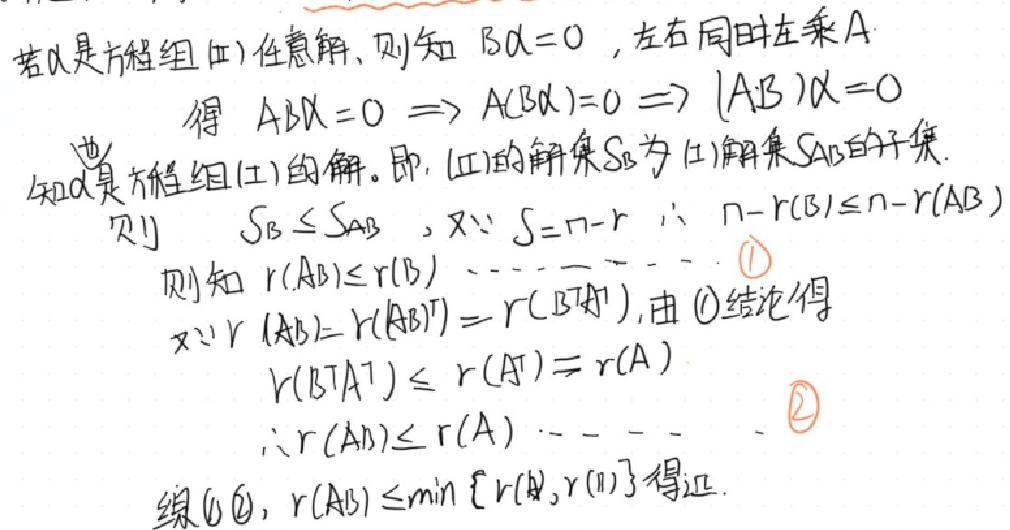
若\(\alpha\)是方程组(Ⅱ)任意解, 则知\(B\alpha = 0\), 左右同时左乘\(A\)
得 \(AB\alpha = 0\Rightarrow A(B\alpha)=0\Rightarrow (AB)\alpha = 0\)
也知\(\alpha\)是方程组(Ⅰ)的解. 即, (Ⅱ)的解集\(S_{B}\)为(Ⅰ)解集\(S_{AB}\)的子集.
则 \(S_{B}\leq S_{AB}\), 又\(\because S = n - r\ \therefore n - r(B)\leq n - r(AB)\)
则知 \(r(AB)\leq r(B)\) ---- \textcircled{1}
又\(\because r(AB)=r((AB)^{T}) = r(B^{T}A^{T})\), 由\textcircled{1}结论得
\(r(B^{T}A^{T})\leq r(A^{T}) = r(A)\)
\(\therefore r(AB)\leq r(A)\) ---- \textcircled{2}
综\textcircled{1}\textcircled{2}, \(r(AB)\leq\min\{r(A),r(B)\}\)得证.